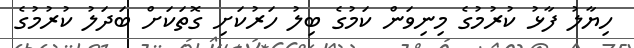
ހިޔާލު ފާޅު ކުރުމުގެ މިނިވަން ކަމުގެ ބިލު ހަރުކަށި ގޮތަކަށް ބަދަލު ކުރުމުގެ